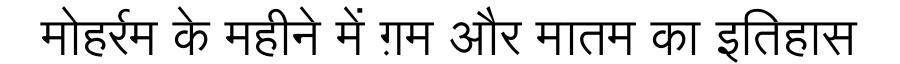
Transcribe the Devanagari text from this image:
मोहर्रम के महीने में ग़म और मातम का इतिहास